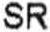
SR